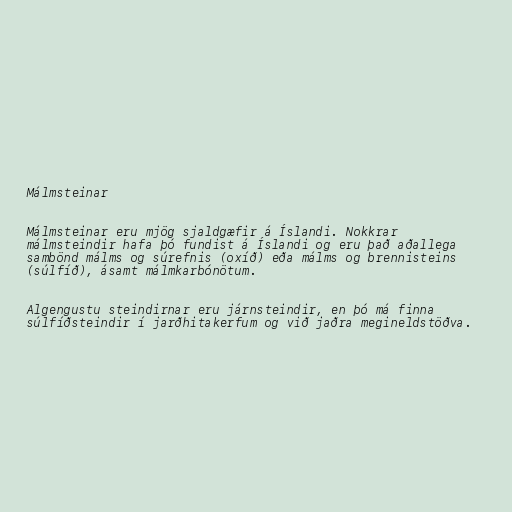
Málmsteinar

Málmsteinar eru mjög sjaldgæfir á Íslandi. Nokkrar
málmsteindir hafa þó fundist á Íslandi og eru það aðallega
sambönd málms og súrefnis (oxíð) eða málms og brennisteins
(súlfíð), ásamt málmkarbónötum.

Algengustu steindirnar eru járnsteindir, en þó má finna
súlfíðsteindir í jarðhitakerfum og við jaðra megineldstöðva.